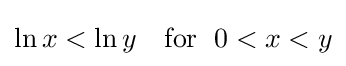
\ln x<\ln y\quad {\text{for }}\;0<x<y